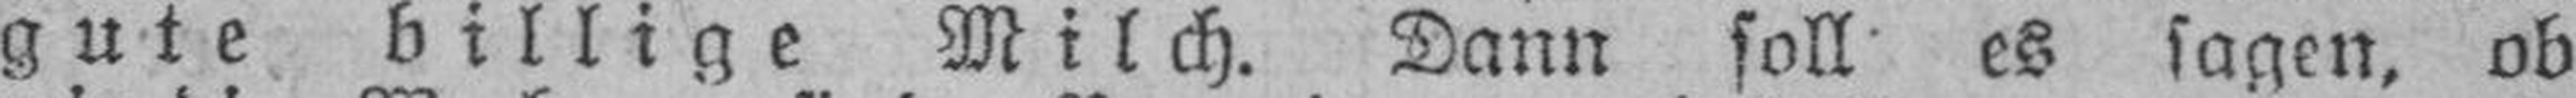
gute billige Milch. Dann soll es sagen, ob